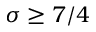
\sigma \ge 7 / 4